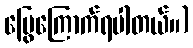
မြွေကြောက်ရပါတယ်။)